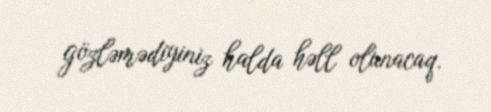
gözləmədiyiniz halda həll olunacaq.